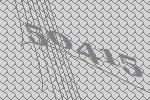
50415